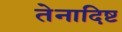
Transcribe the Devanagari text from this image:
तेनादिष्ट